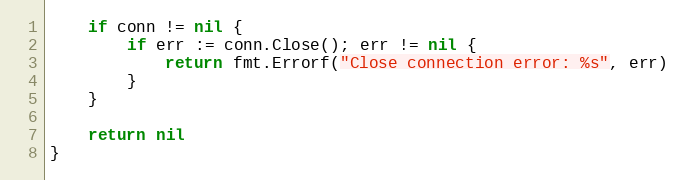
Language: Go
	if conn != nil {
		if err := conn.Close(); err != nil {
			return fmt.Errorf("Close connection error: %s", err)
		}
	}

	return nil
}